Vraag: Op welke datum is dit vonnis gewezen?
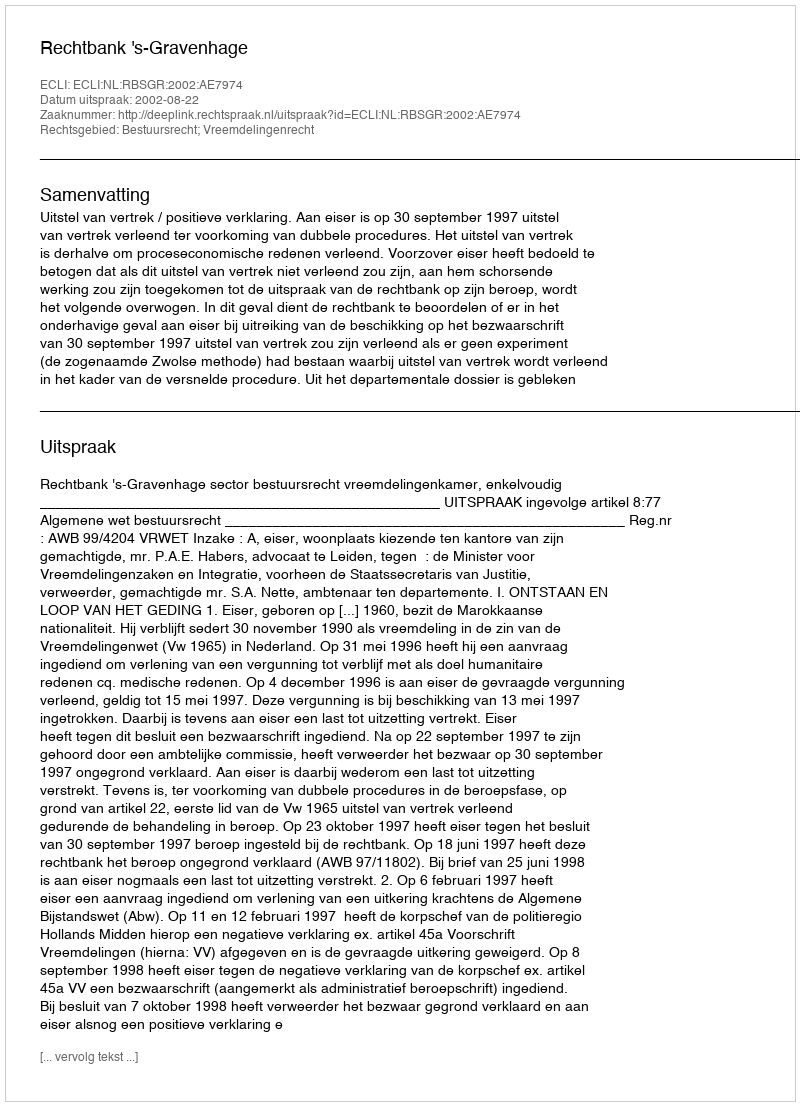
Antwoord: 2002-08-22